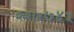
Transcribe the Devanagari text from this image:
२२७७४५